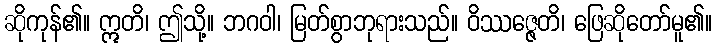
ဆိုကုန်၏။ ဣတိ၊ ဤသို့။ ဘဂဝါ၊ မြတ်စွာဘုရားသည်။ ဝိဿဇ္ဇေတိ၊ ဖြေဆိုတော်မူ၏။